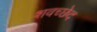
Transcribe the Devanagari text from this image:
शवच्छेद